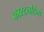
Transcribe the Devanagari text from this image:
कोस्टनटिनो